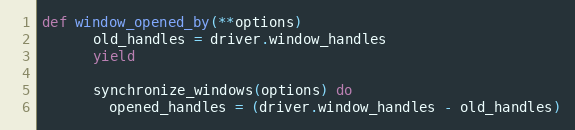
Language: Ruby
def window_opened_by(**options)
      old_handles = driver.window_handles
      yield

      synchronize_windows(options) do
        opened_handles = (driver.window_handles - old_handles)